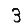
Digit: 3